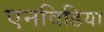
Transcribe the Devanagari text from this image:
एनविडिया